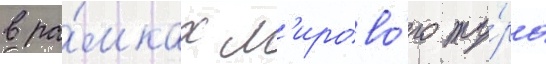
в ра́мках м'ирово́го ту́ра